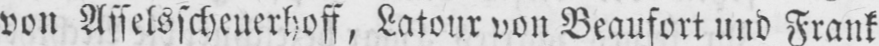
von Asselsscheuerhoff, Latour von Beaufort und Frank